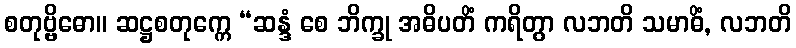
စတုဗ္ဗိဓော။ ဆဋ္ဌစတုက္ကေ “ဆန္ဒံ စေ ဘိက္ခု အဓိပတိံ ကရိတွာ လဘတိ သမာဓိံ, လဘတိ